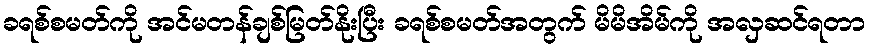
ခရစ်စမတ်ကို အင်မတန်ချစ်မြတ်နိုးပြီး ခရစ်စမတ်အတွက် မိမိအိမ်ကို အလှဆင်ရတာ